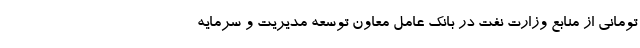
تومانی از منابع وزارت نفت در بانک عامل معاون توسعه مدیریت و سرمایه